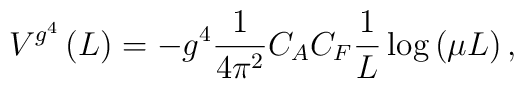
V^{g^4 } \left( L \right) = -g^4 \frac{1}{{4\pi ^2 }} C_A C_F\frac{1}{L}\log \left( {\mu L} \right),